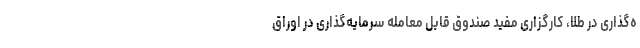
ه‌گذاری در طلا، کارگزاری مفید صندوق قابل معامله سرمایه‌گذاری در اوراق